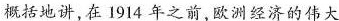
概括地讲，在1914年之前，欧洲经济的伟大